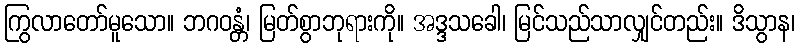
ကြွလာတော်မူသော။ ဘဂဝန္တံ၊ မြတ်စွာဘုရားကို။ အဒ္ဒသခေါ၊ မြင်သည်သာလျှင်တည်း။ ဒိသွာန၊